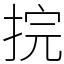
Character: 捖